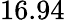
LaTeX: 16.94\